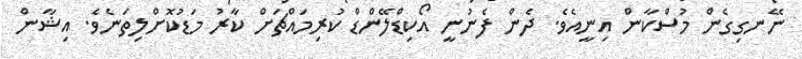
ނޭނގިގެން މުސްކާން އިނީއެވެ. ދެން ފެނުނީ އޯކިޑްލޭންޑް ކުރިމައްޗަށް ކާރު މަޑުކޮށްލިތަނެވެ. އިޝާން